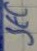
Text: SEC